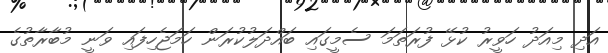
އަދި މިއަދު ހަވީރު ކުޅޭ ފުރަތަމަ ސެމީގައި ބައްދަލުކުރަން ހަމަޖެހިފައި ވަނީ މުބާރާތުގެ